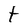
Character: f